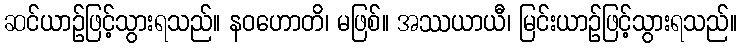
ဆင်ယာဉ်ဖြင့်သွားရသည်။ နဝဟောတိ၊ မဖြစ်။ အဿယာယီ၊ မြင်းယာဉ်ဖြင့်သွားရသည်။